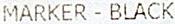
MARKER - BLACK